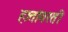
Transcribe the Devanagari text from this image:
हातांवरती